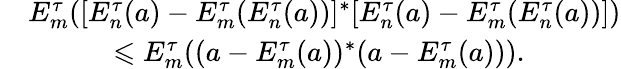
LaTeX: \begin{array}{rl}&{E_{m}^{\tau}([E_{n}^{\tau}(a)-E_{m}^{\tau}(E_{n}^{\tau}(a))]^{*}[E_{n}^{\tau}(a)-E_{m}^{\tau}(E_{n}^{\tau}(a))])}\\ &{\quad\quad\quad\leqslant E_{m}^{\tau}((a-E_{m}^{\tau}(a))^{*}(a-E_{m}^{\tau}(a))).}\end{array}